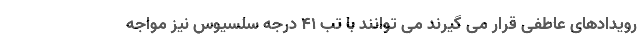
رویدادهای عاطفی قرار می گیرند می توانند با تب 41 درجه سلسیوس نیز مواجه